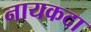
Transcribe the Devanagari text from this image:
नायकदा